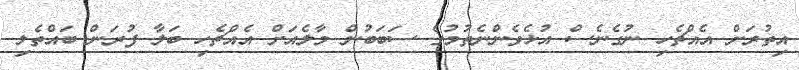
އިތުރަށް އެއްޗެހި ނުގެނެސް އުޅެވެންނެތުމުގެ ސަބަބުން މާލެއަށް އެއްޗެހި ބަލާ ފުރަން ބައްތެލި